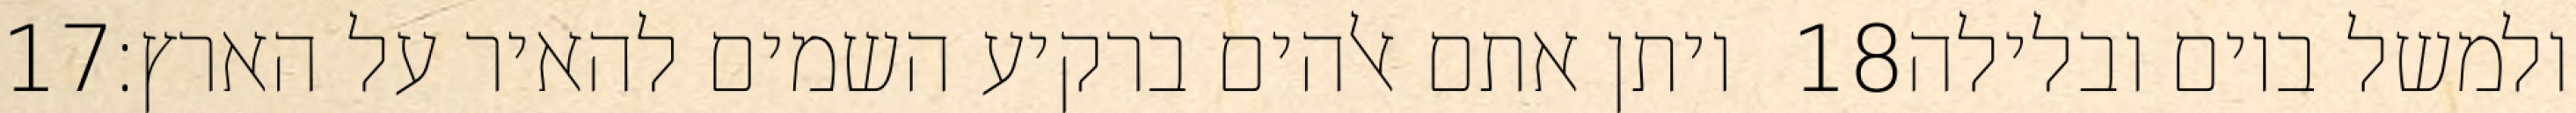
‎17‏ ויתן אתם אלהים ברקיע השמים להאיר על הארץ׃ ‎18‏ ולמשל ביום ובלילה